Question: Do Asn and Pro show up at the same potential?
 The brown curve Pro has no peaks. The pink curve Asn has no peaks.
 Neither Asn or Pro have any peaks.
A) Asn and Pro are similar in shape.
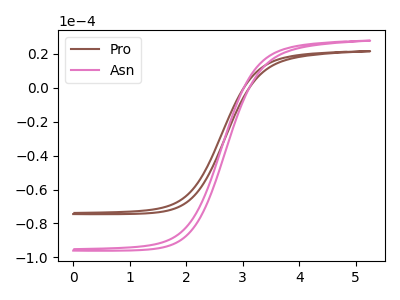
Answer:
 <answer>A) "Asn" and "Pro" are similar in shape.</answer>
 <eval>A</eval>